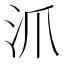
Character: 沠